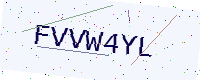
Text: FVVW4YL